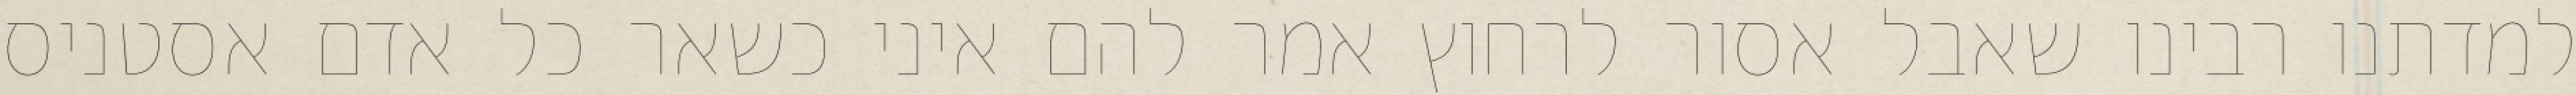
למדתנו רבינו שאבל אסור לרחוץ אמר להם איני כשאר כל אדם אסטניס